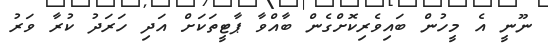
ނޫނީ އެ މީހުން ބައިވެރިކޮށްގެން ބާއްވާ ޕާޓީތަކަށް އަދި ހަރަދު ކުރާ ވަރު